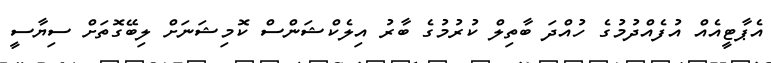
އެޕާޓީއެއް އުފެއްދުމުގެ ހުއްދަ ބާތިލް ކުރުމުގެ ބާރު އިލެކްޝަންސް ކޮމިޝަނަށް ލިބޭގޮތަށް ސިޔާސީ